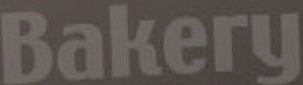
Bakery